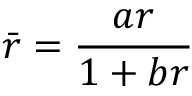
\bar { r } = \frac { a r } { 1 + b r }